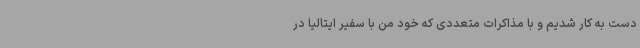
دست به‌ کار شدیم و با مذاکرات متعددی که خود من با سفیر ایتالیا در